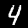
Digit: 4